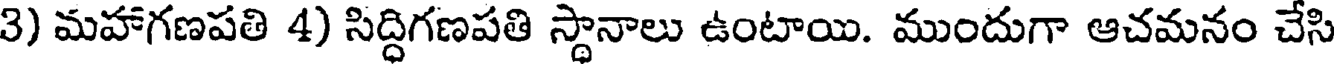
3) మహాగణపతి 4) సిద్ధిగణపతి స్థానాలు ఉంటాయి. ముందుగా ఆచమనం చేసి